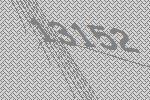
13152